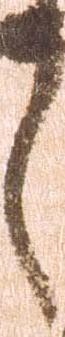
之